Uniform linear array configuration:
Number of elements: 8
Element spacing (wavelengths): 1
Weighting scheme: cosine
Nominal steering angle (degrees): -15
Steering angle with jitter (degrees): -16.956
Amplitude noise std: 0.05
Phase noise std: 0.05

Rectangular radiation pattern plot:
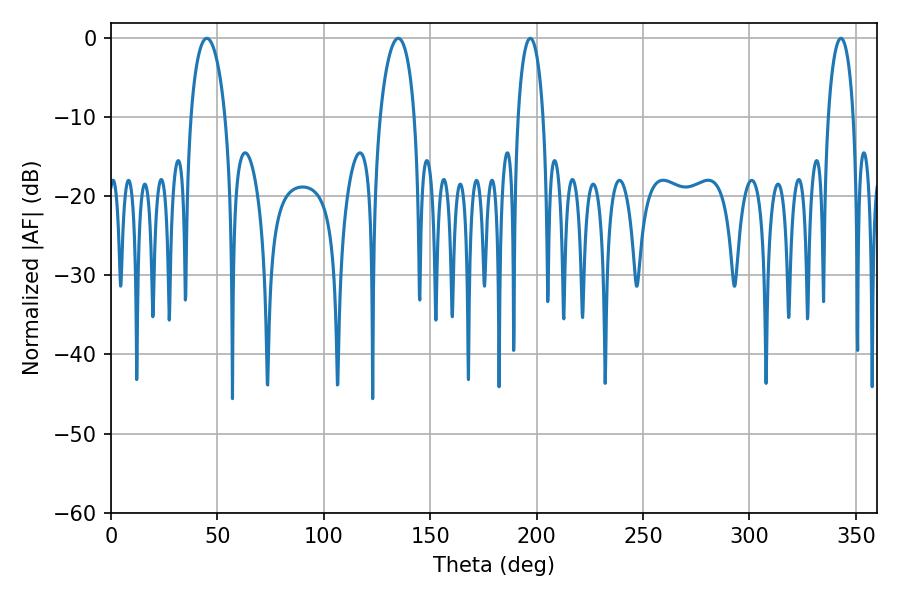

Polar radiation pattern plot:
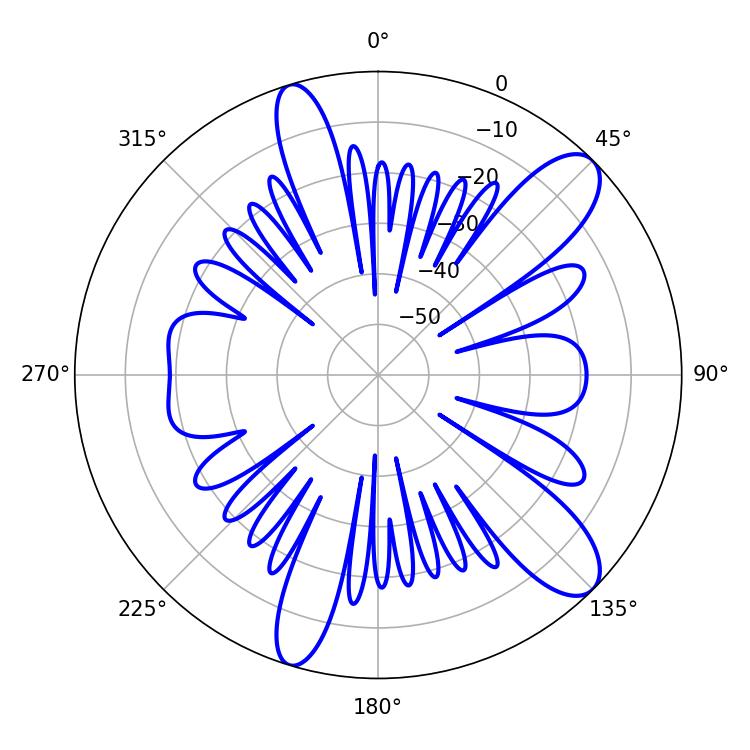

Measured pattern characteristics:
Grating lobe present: TRUE
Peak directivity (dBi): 10.828
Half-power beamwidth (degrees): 9.36
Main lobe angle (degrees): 45